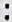
: